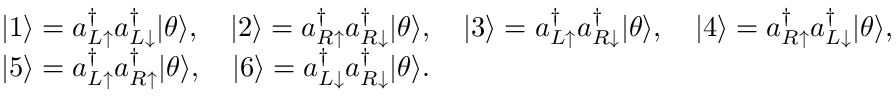
\begin{array} { r l } & { | 1 \rangle = a _ { L \uparrow } ^ { \dag } a _ { L \downarrow } ^ { \dag } | \theta \rangle , \quad | 2 \rangle = a _ { R \uparrow } ^ { \dag } a _ { R \downarrow } ^ { \dag } | \theta \rangle , \quad | 3 \rangle = a _ { L \uparrow } ^ { \dag } a _ { R \downarrow } ^ { \dag } | \theta \rangle , \quad | 4 \rangle = a _ { R \uparrow } ^ { \dag } a _ { L \downarrow } ^ { \dag } | \theta \rangle , } \\ & { | 5 \rangle = a _ { L \uparrow } ^ { \dag } a _ { R \uparrow } ^ { \dag } | \theta \rangle , \quad | 6 \rangle = a _ { L \downarrow } ^ { \dag } a _ { R \downarrow } ^ { \dag } | \theta \rangle . } \end{array}